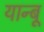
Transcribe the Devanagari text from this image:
यान्बू